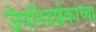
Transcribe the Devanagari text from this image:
जैवनिदर्शकांच्या